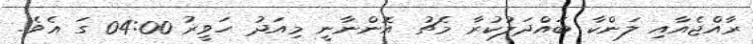
ރާއްޖެއާއި ލަންކާ ބައްދަލުކުރާ މެޗު އޮންނާނީ މިއަދު ހަވީރު 04:00 ގަ އެވެ.